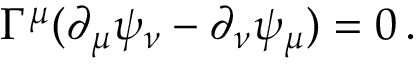
\Gamma ^ { \mu } ( \partial _ { \mu } \psi _ { \nu } - \partial _ { \nu } \psi _ { \mu } ) = 0 \, .